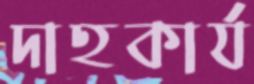
দাহকার্য